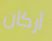
أركان